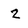
Character: 2